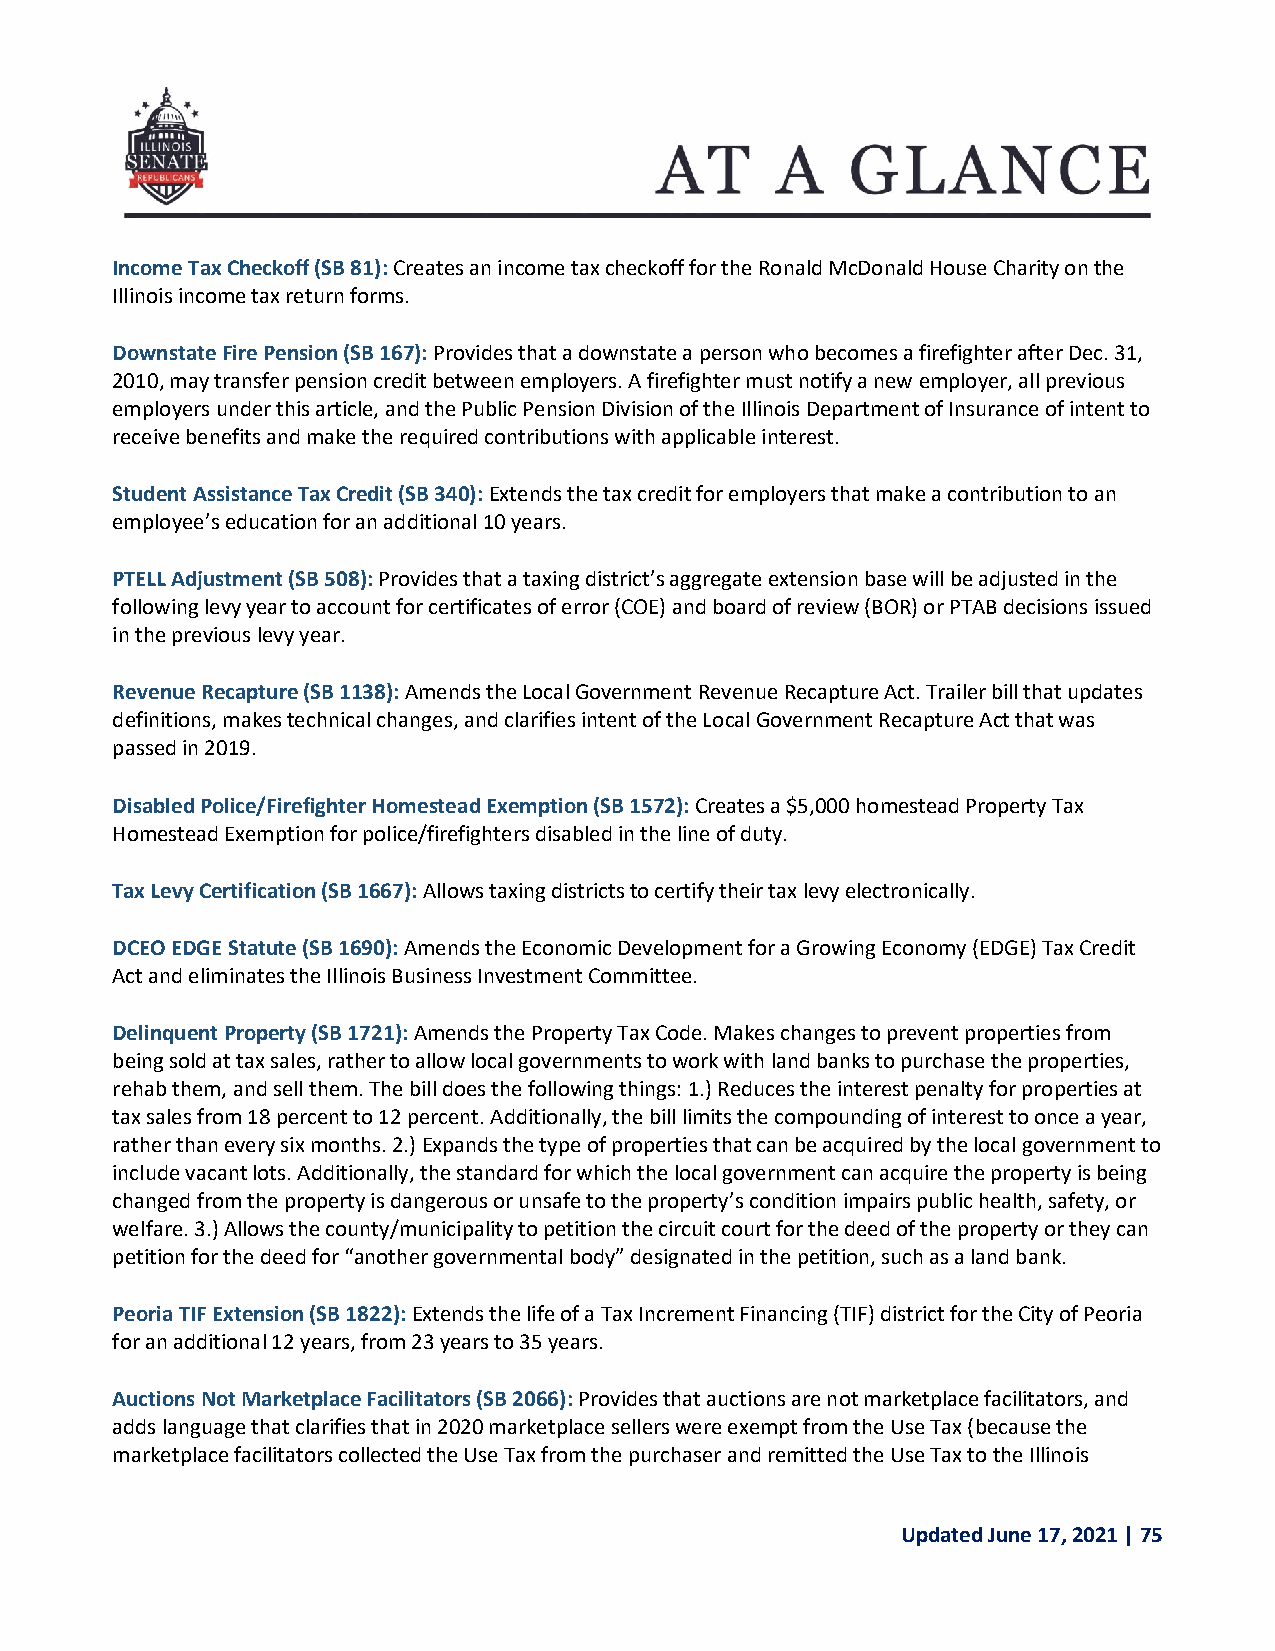
Income Tax Checkoff (SB 81): Creates an income tax checkoff for the Ronald McDonald House Charity on the
 Illinois income tax return forms.
 Downstate Fire Pension (SB 167): Provides that a downstate a person who becomes a firefighter after Dec. 31,
 2010, may transfer pension credit between employers. A firefighter must notify a new employer, all previous
 employers under this article, and the Public Pension Division of the Illinois Department of Insurance of intent to
 receive benefits and make the required contributions with applicable interest.
 Student Assistance Tax Credit (SB 340): Extends the tax credit for employers that make a contribution to an
 employee’s education for an additional 10 years.
 PTELL Adjustment (SB 508): Provides that a taxing district’s aggregate extension base will be adjusted in the
 following levy year to account for certificates of error (COE) and board of review (BOR) or PTAB decisions issued
 in the previous levy year.
 Revenue Recapture (SB 1138): Amends the Local Government Revenue Recapture Act. Trailer bill that updates
 definitions, makes technical changes, and clarifies intent of the Local Government Recapture Act that was
 passed in 2019.
 Disabled Police/Firefighter Homestead Exemption (SB 1572): Creates a $5,000 homestead Property Tax
 Homestead Exemption for police/firefighters disabled in the line of duty.
 Tax Levy Certification (SB 1667): Allows taxing districts to certify their tax levy electronically.
 DCEO EDGE Statute (SB 1690): Amends the Economic Development for a Growing Economy (EDGE) Tax Credit
 Act and eliminates the Illinois Business Investment Committee.
 Delinquent Property (SB 1721): Amends the Property Tax Code. Makes changes to prevent properties from
 being sold at tax sales, rather to allow local governments to work with land banks to purchase the properties,
 rehab them, and sell them. The bill does the following things: 1.) Reduces the interest penalty for properties at
 tax sales from 18 percent to 12 percent. Additionally, the bill limits the compounding of interest to once a year,
 rather than every six months. 2.) Expands the type of properties that can be acquired by the local government to
 include vacant lots. Additionally, the standard for which the local government can acquire the property is being
 changed from the property is dangerous or unsafe to the property’s condition impairs public health, safety, or
 welfare. 3.) Allows the county/municipality to petition the circuit court for the deed of the property or they can
 petition for the deed for “another governmental body” designated in the petition, such as a land bank.
 Peoria TIF Extension (SB 1822): Extends the life of a Tax Increment Financing (TIF) district for the City of Peoria
 for an additional 12 years, from 23 years to 35 years.
 Auctions Not Marketplace Facilitators (SB 2066): Provides that auctions are not marketplace facilitators, and
 adds language that clarifies that in 2020 marketplace sellers were exempt from the Use Tax (because the
 marketplace facilitators collected the Use Tax from the purchaser and remitted the Use Tax to the Illinois
 Updated June 17, 2021 | 75